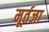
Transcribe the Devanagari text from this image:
मूर्तजा